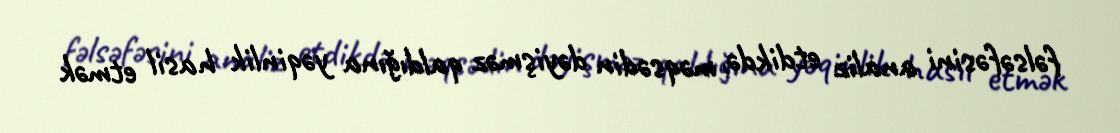
fəlsəfəsini analiz etdikdə, məqsədin dəyişməz qaldığına yəqinlik hasil etmək